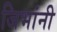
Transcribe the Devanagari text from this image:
जिभांनी